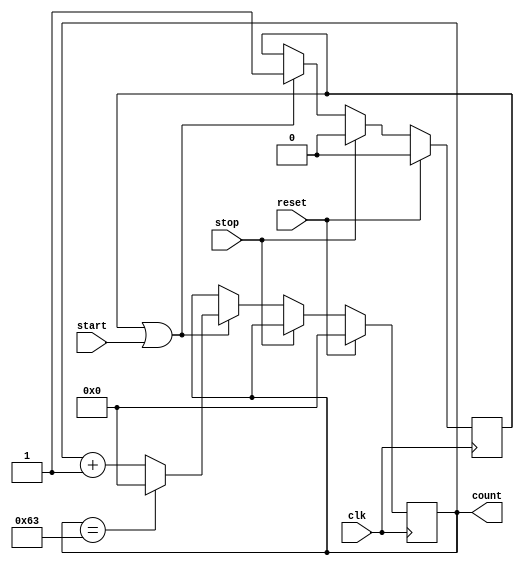
`timescale 1ns / 1ps

module stopwatch_counter #(parameter
  DATA_WIDTH = 16,
  MAX = 99
) (
    input clk,
    input reset, start, stop,
    output [DATA_WIDTH-1:0] count
);


reg [DATA_WIDTH-1:0] temp;
reg count_continuity;

always @(posedge clk) begin
  if(reset) begin
    temp <= 0;
    count_continuity <= 0;
  end
  else begin
      if (stop) begin
        temp <= temp;
        count_continuity <= 0;
  end
      else if (count_continuity || start) begin
        temp <= (temp == MAX) ? 0 : temp + 1'b 1;
        count_continuity <= 1;
  end
end
end

assign count = temp;
endmodule